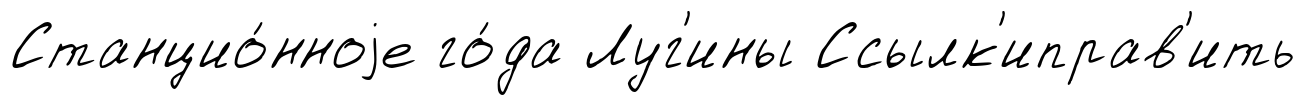
Станцио́нноjе го́да Луг'ины Ссылк'иправ'ить